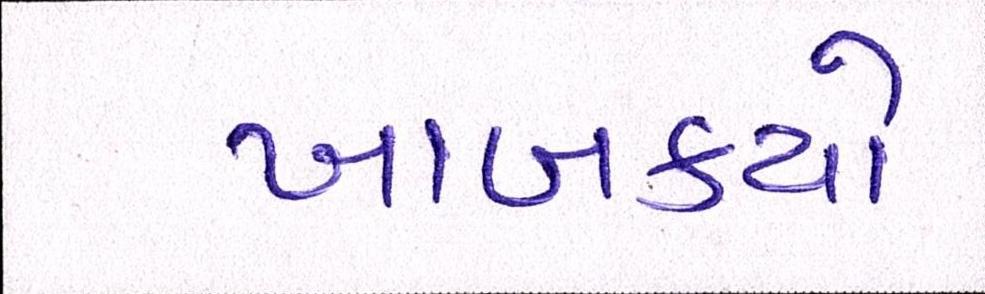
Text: ખાબક્યો